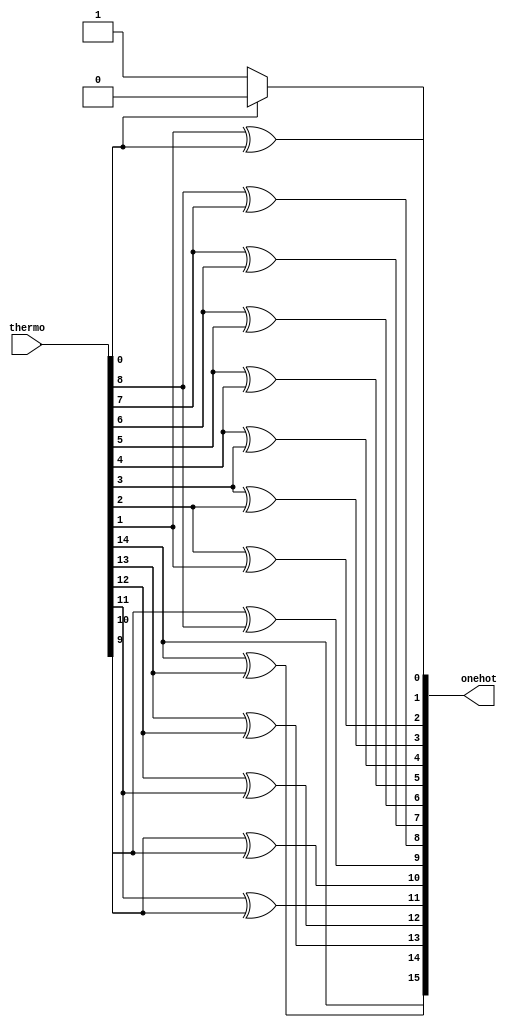
`timescale 1ns/1ns

module thermo_to_onehot(
    thermo,
    onehot
    );

input [14:0] thermo;
output reg [15:0] onehot;

integer i;

always @(thermo) begin
    if(thermo[0] == 0) 
        onehot[0] = 1;
    else
        onehot[0] = 0;
    onehot[15] = thermo[14];
    for(i = 14; i > 0; i = i - 1) begin
        onehot[i] = thermo[i] ^ thermo[i - 1];
    end
end

endmodule